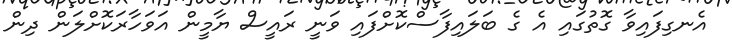
އެނގިފައިވާ ގޮތުގައި އެ ގެ ބަލައިފާސްކޮށްފައި ވަނީ ރައީސް ޔާމީން އަވަހާރަކޮށްލަން ދިން